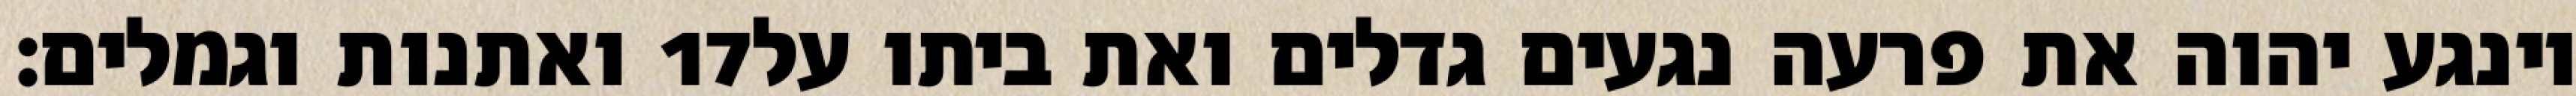
ואתנות וגמלים׃ ‎17‏ וינגע יהוה את פרעה נגעים גדלים ואת ביתו על